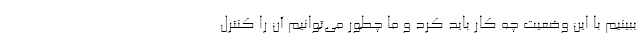
ببینیم با این وضعیت چه کار باید کرد و ما چطور می‌توانیم آن را کنترل